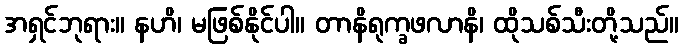
အရှင်ဘုရား။ နဟိ၊ မဖြစ်နိုင်ပါ။ တာနိရုက္ခဖလာနိ၊ ထိုသစ်သီးတို့သည်။